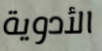
الأدوية